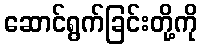
ဆောင်ရွက်ခြင်းတို့ကို